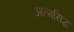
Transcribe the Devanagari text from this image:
आत्मसिद्ध